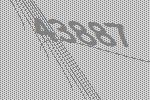
43887